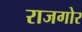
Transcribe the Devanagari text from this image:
राजगोर